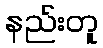
နည်းတူ